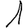
Digit: 1